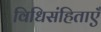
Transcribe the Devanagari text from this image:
विधिसंहिताएँ